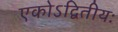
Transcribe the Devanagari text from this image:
एकोऽद्वितीयः